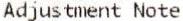
ADJUSTMENT NOTE